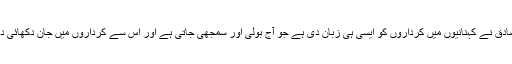
تنویر صادق نے کہنانیوں میں کرداروں کو ایسی ہی زبان دی ہے جو آج بولی اور سمجھی جاتی ہے اور اس سے کرداروں میں جان دکھائی دیتی ہے۔